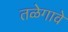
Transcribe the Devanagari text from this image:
तळेगावे